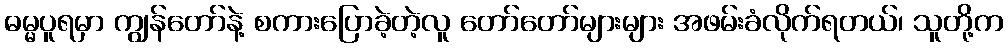
ဓမ္မပူရမှာ ကျွန်တော်နဲ့ စကားပြောခဲ့တဲ့လူ တော်တော်များများ အဖမ်းခံလိုက်ရတယ်၊ သူတို့က